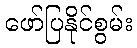
ဖော်ပြနိုင်စွမ်း